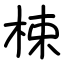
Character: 梀